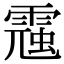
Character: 𩄁